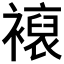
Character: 𧝘